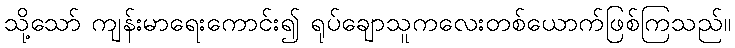
သို့သော် ကျန်းမာရေးကောင်း၍ ရုပ်ချောသူကလေးတစ်ယောက်ဖြစ်ကြသည်။